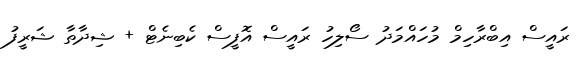
ރައީސް އިބްރާހިމް މުހައްމަދު ސޯލިހު ރައީސް އޮފީސް ކެބިނެޓް + ޝިދާތާ ޝަރީފު